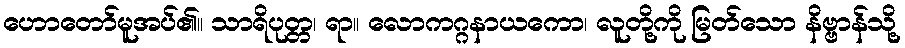
ဟောတော်မူအပ်၏။ သာရိပုတ္တ၊ ရာ။ လောကဂ္ဂနာယကော၊ လူတို့ကို မြတ်သော နိဗ္ဗာန်သို့